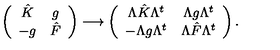
\left( \begin{array} { c c } { \hat { K } } & { g } \\ { - g } & { \hat { F } } \\ \end{array} \right) \longrightarrow \left( \begin{array} { c c } { \Lambda \hat { K } \Lambda ^ { t } } & { \Lambda g \Lambda ^ { t } } \\ { - \Lambda g \Lambda ^ { t } } & { \Lambda \hat { F } \Lambda ^ { t } } \\ \end{array} \right) .